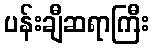
ပန်းချီဆရာကြီး